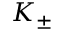
K _ { \pm }